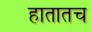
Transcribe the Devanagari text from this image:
हातातच